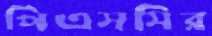
পিএসসির